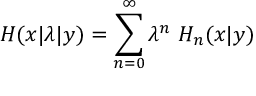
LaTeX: H ( x | \lambda | y ) = \sum _ { n = 0 } ^ { \infty } \lambda ^ { n } \ H _ { n } ( x | y )